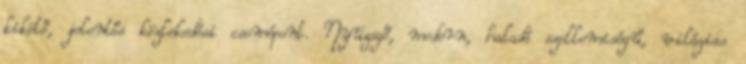
kikötő, jelentős közlekedési csomópont. Nyüzsgő, modern, haladó szellemiségű, világias